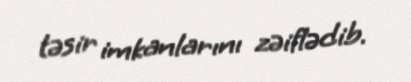
təsir imkanlarını zəiflədib.